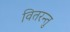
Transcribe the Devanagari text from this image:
वितरन्तु